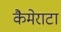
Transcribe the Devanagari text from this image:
कैमेराटा